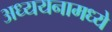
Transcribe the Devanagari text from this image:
अध्ययनामध्ये